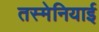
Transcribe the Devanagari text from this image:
तस्मेनियाई